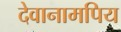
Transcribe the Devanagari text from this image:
देवानामपिय